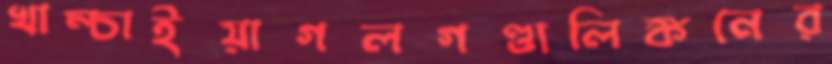
খাম্‌চাইয়াগলগণ্ডালিঙ্কনের